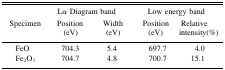
<table><thead><tr><td></td><td colspan="2"><b>Lα Diagram band</b></td><td colspan="2"><b>Low energy band</b></td></tr><tr><td><b>Specimen</b></td><td><b>Position (eV)</b></td><td><b>Width (eV)</b></td><td><b>Position (eV)</b></td><td><b>Relative intensity(%)</b></td></tr></thead><tbody><tr><td> FeO</td><td>704.3</td><td>5.4</td><td>697.7</td><td>4.0</td></tr><tr><td> Fe<sub>2</sub>O<sub>3</sub></td><td>704.7</td><td>4.8</td><td>700.7</td><td>15.1</td></tr></tbody></table>